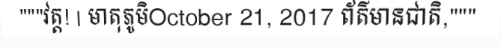
"""វត្ត! | មាតុភូមិOctober 21, 2017 ព័ត៌មានជាតិ,"""